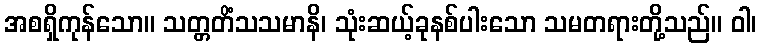
အစရှိကုန်သော။ သတ္တတိံသသမာနိ၊ သုံးဆယ့်ခုနစ်ပါးသော သမတရားတို့သည်။ ဝါ၊